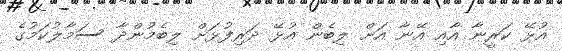
އުޅޭ ކަރީނާ އާއި އޭނާ އަށް ލިބެން އުޅޭ ދަރިފުޅަށް ލިބެމުންދާ ސަމާލުކަމުގެ